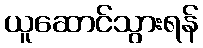
ယူဆောင်သွားရန်